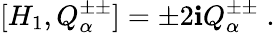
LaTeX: [H_{1},Q_{\alpha}^{\pm\pm}]=\pm2\mathbf{i}Q_{\alpha}^{\pm\pm}\; .